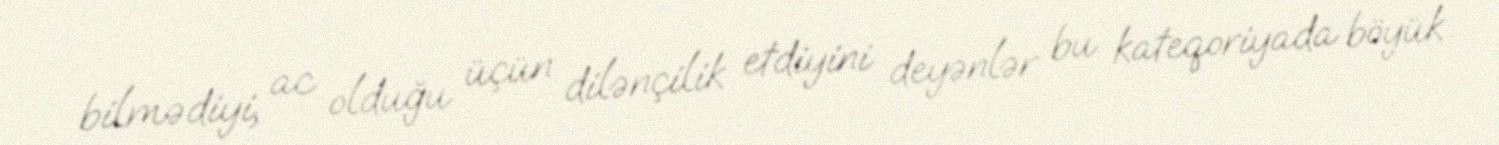
bilmədiyi, ac olduğu üçün dilənçilik etdiyini deyənlər bu kateqoriyada böyük